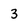
Character: 3